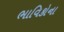
ભાવિકોના